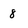
Character: 8